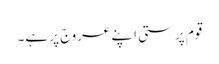
قوم پرستی اپنے عروج پر ہے۔